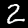
Label: 2